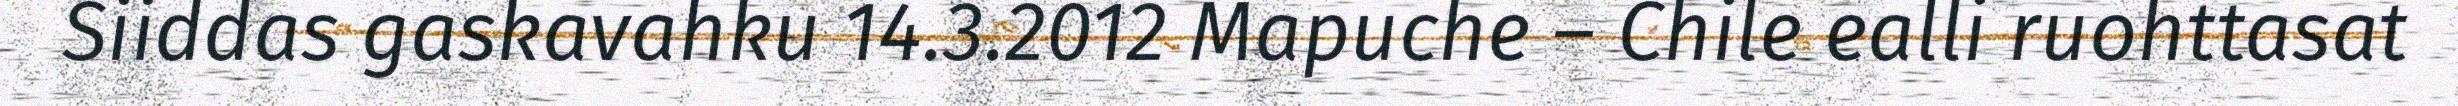
Siiddas gaskavahku 14.3.2012 Mapuche – Chile ealli ruohttasat